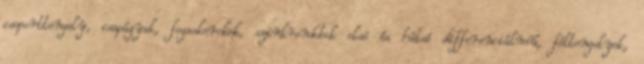
csoporttengely, csapágyak, fogaskerekek, szinkrondobok elsõ és hátsó differenciálmû, féltengelyek,